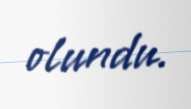
olundu.